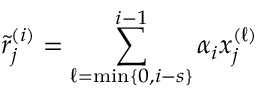
\tilde { r } _ { j } ^ { ( i ) } = \sum _ { \ell = \operatorname* { m i n } \{ 0 , i - s \} } ^ { i - 1 } \alpha _ { i } x _ { j } ^ { ( \ell ) }